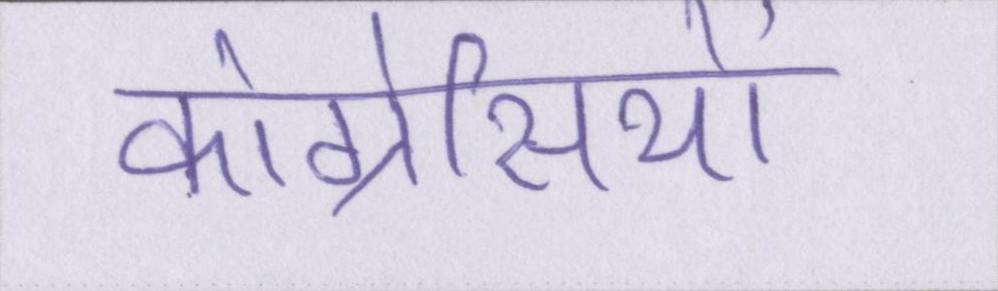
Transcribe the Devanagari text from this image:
कांग्रेसियों